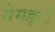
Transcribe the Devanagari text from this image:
तेमङ्ै